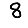
Digit: 8